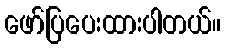
ဖော်ပြပေးထားပါတယ်။